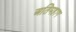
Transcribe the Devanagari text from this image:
अतिमहाग